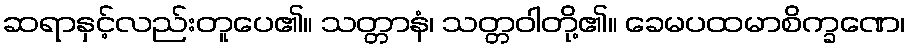
ဆရာနှင့်လည်းတူပေ၏။ သတ္တာနံ၊ သတ္တဝါတို့၏။ ခေမပထမာစိက္ခဏေ၊